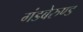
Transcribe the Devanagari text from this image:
गंडबेरुण्ड